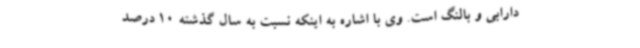
دارابی و بالنگ است. وی با اشاره به اینکه نسبت به سال گذشته 10 درصد